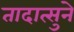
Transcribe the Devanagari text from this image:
तादात्सुने